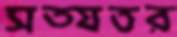
সত্যতর